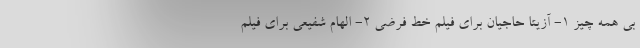
بی همه چیز 1- آزیتا حاجیان برای فیلم خط فرضی 2- الهام شفیعی برای فیلم